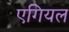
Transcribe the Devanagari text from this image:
एगियल